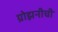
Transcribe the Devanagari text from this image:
ग्रोझनीची